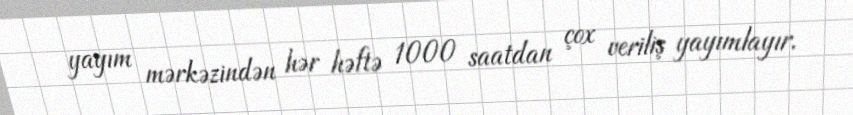
yayım mərkəzindən hər həftə 1000 saatdan çox veriliş yayımlayır.